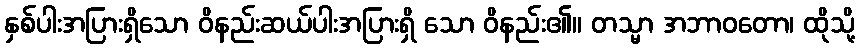
နှစ်ပါးအပြားရှိသော ဝိနည်းဆယ်ပါးအပြားရှိ သော ဝိနည်း၏။ တသ္မာ အဘာဝတော၊ ထိုသို့